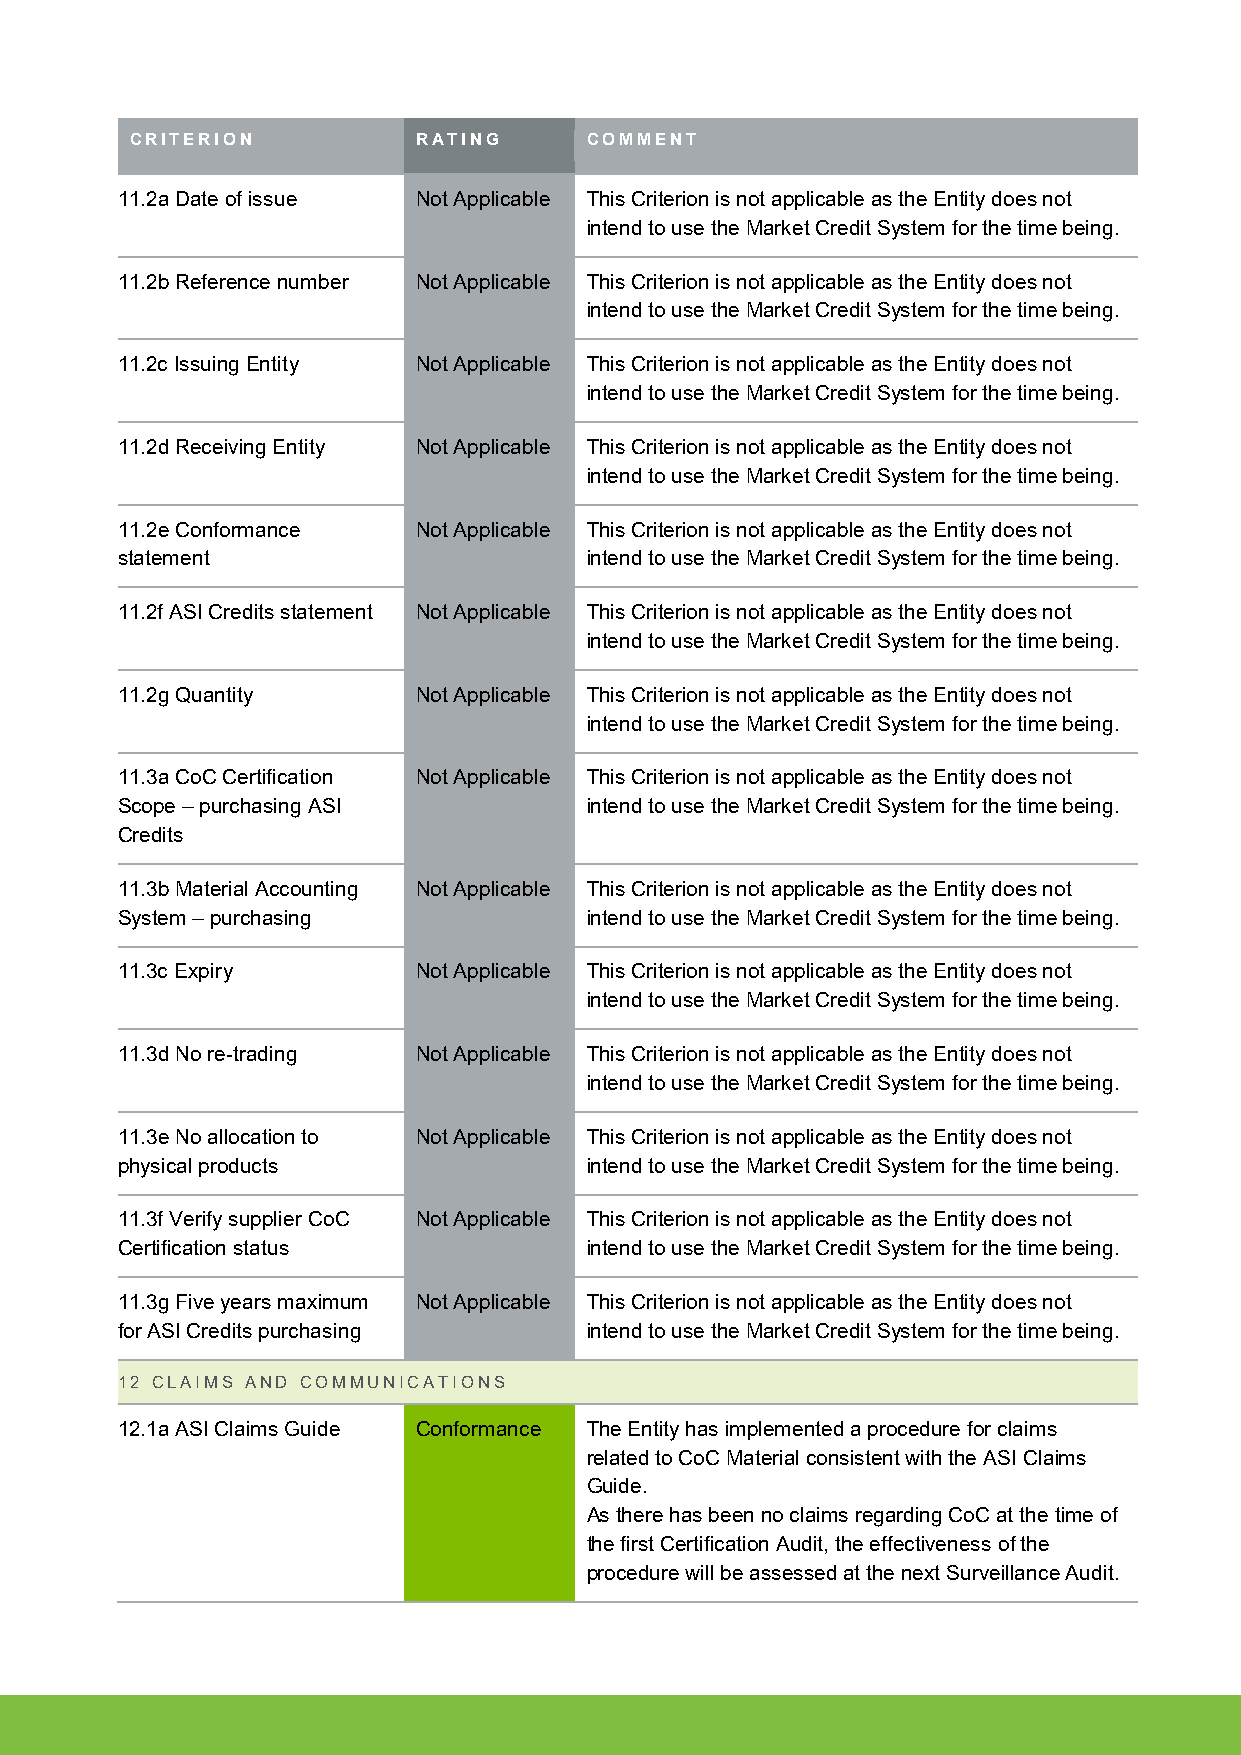
CRITERION          RATING     COMMENT
 11.2a Date of issue Not Applicable This Criterion is not applicable as the Entity does not
 intend to use the Market Credit System for the time being.
 11.2b Reference number Not Applicable This Criterion is not applicable as the Entity does not
 intend to use the Market Credit System for the time being.
 11.2c Issuing Entity Not Applicable This Criterion is not applicable as the Entity does not
 intend to use the Market Credit System for the time being.
 11.2d Receiving Entity Not Applicable This Criterion is not applicable as the Entity does not
 intend to use the Market Credit System for the time being.
 11.2e Conformance   Not Applicable This Criterion is not applicable as the Entity does not
 statement                      intend to use the Market Credit System for the time being.
 11.2f ASI Credits statement Not Applicable This Criterion is not applicable as the Entity does not
 intend to use the Market Credit System for the time being.
 11.2g Quantity      Not Applicable This Criterion is not applicable as the Entity does not
 intend to use the Market Credit System for the time being.
 11.3a CoC Certification Not Applicable This Criterion is not applicable as the Entity does not
 Scope – purchasing ASI         intend to use the Market Credit System for the time being.
 Credits
 11.3b Material Accounting Not Applicable This Criterion is not applicable as the Entity does not
 System – purchasing            intend to use the Market Credit System for the time being.
 11.3c Expiry        Not Applicable This Criterion is not applicable as the Entity does not
 intend to use the Market Credit System for the time being.
 11.3d No re-trading Not Applicable This Criterion is not applicable as the Entity does not
 intend to use the Market Credit System for the time being.
 11.3e No allocation to Not Applicable This Criterion is not applicable as the Entity does not
 physical products              intend to use the Market Credit System for the time being.
 11.3f Verify supplier CoC Not Applicable This Criterion is not applicable as the Entity does not
 Certification status           intend to use the Market Credit System for the time being.
 11.3g Five years maximum Not Applicable This Criterion is not applicable as the Entity does not
 for ASI Credits purchasing     intend to use the Market Credit System for the time being.
 12 CLAIMS AND COMMUNICATIONS
 12.1a ASI Claims Guide Conformance The Entity has implemented a procedure for claims
 related to CoC Material consistent with the ASI Claims
 Guide.
 As there has been no claims regarding CoC at the time of
 the first Certification Audit, the effectiveness of the
 procedure will be assessed at the next Surveillance Audit.